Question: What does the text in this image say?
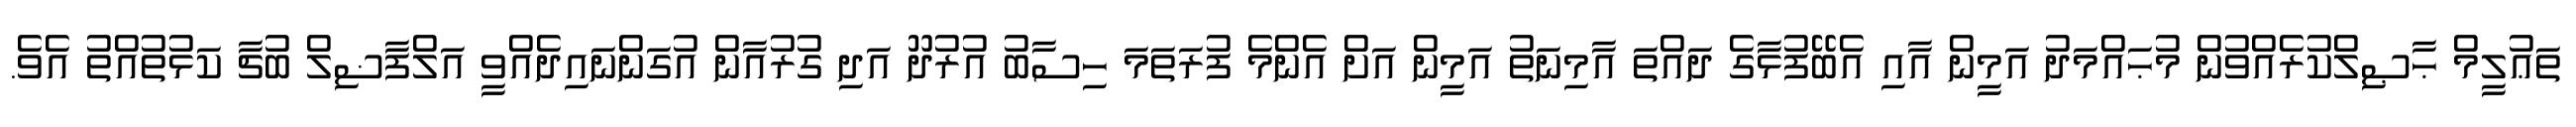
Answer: ތަޢުލީމް ޙާޞިލްކުރެއްވުން މުޙައްމަދު އަމީން އާއި އެބޭފުޅާގެ ދައްތަ އާމިނަތު އަމީން އަށް އެންމެ ފުރަތަމަ ހިސާބު އުރުދޫ އަދި ގުރުއާން އުގަންނައިދެއްވީ އަލްފާޟިލް ބުޗާ ކަޅުތުއްތު އެވެ.